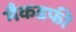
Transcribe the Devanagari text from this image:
मैकडफी